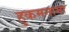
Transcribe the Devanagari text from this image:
हुकमनामा